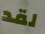
لقد